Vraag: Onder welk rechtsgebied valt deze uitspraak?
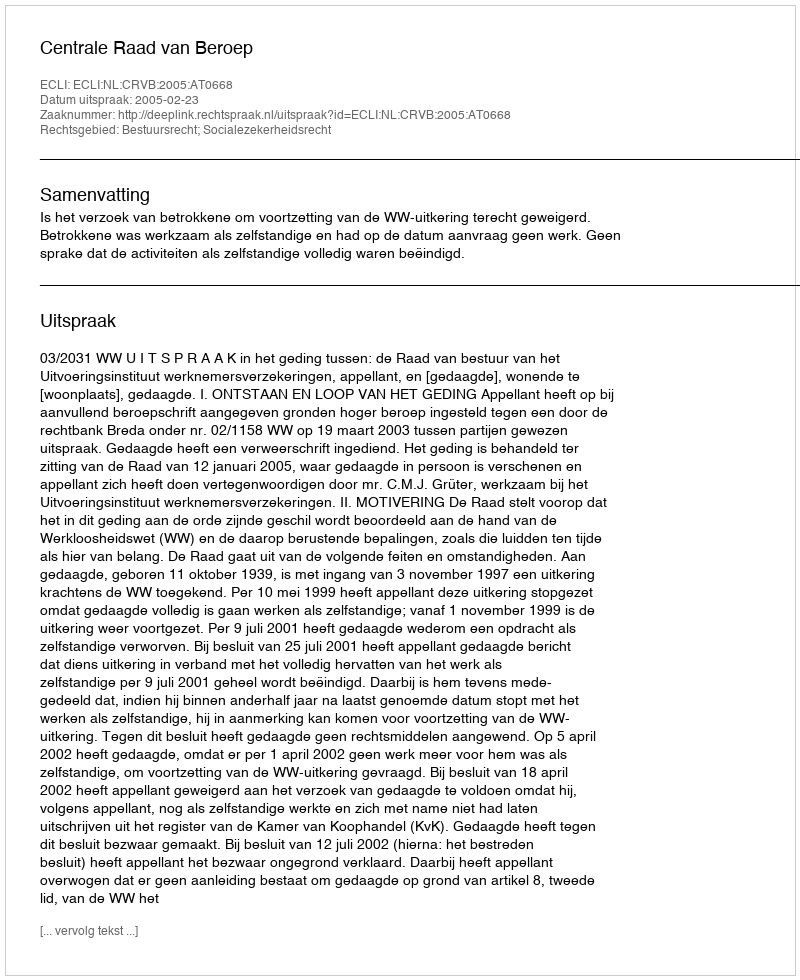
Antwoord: Bestuursrecht; Socialezekerheidsrecht